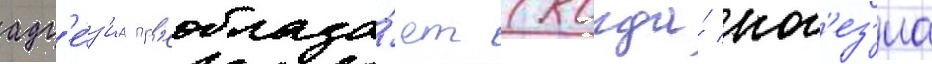
адг'е́з'иа пр'еоблада́ет (когда́ ког'ез'иа